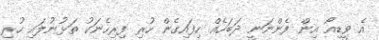
އެ ވީޑިއޯ އިން ފެންނަނީ ދަބަހެއް ހިފައިގެން ހުރި ފިރިހެނަކު ތަޅުނުލައި ހުރި